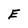
Character: E